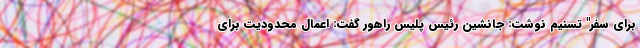
برای سفر" تسنیم نوشت: جانشین رئیس پلیس راهور گفت: اعمال محدودیت برای